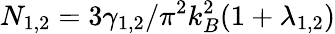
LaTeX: N_{1,2}=3\gamma_{1,2}/\pi^{2}k_{B}^{2}(1+\lambda_{1,2})